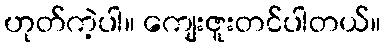
ဟုတ်ကဲ့ပါ။ ကျေးဇူးတင်ပါတယ်။